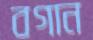
বগান